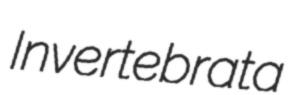
Invertebrata